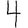
Digit: 4